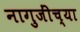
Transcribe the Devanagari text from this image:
नागुजींच्या